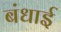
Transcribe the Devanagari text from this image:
बंधाई